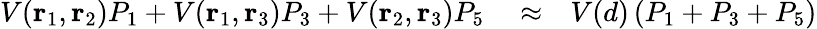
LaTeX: \begin{array}{rlr}{V(\mathbf{r}_{1},\mathbf{r}_{2})P_{1}+V(\mathbf{r}_{1},\mathbf{r}_{3})P_{3}+V(\mathbf{r}_{2},\mathbf{r}_{3})P_{5}}&{{}\approx}&{V(d)\left(P_{1}+P_{3}+P_{5}\right)}\end{array}